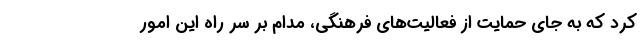
کرد که به جای حمایت از فعالیت‌های فرهنگی، مدام بر سر راه این امور